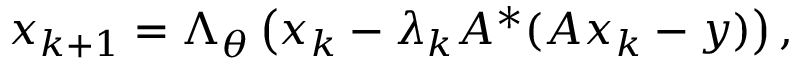
x _ { k + 1 } = \Lambda _ { \theta } \left( x _ { k } - \lambda _ { k } A ^ { * } ( A x _ { k } - y ) \right) ,